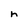
Character: h